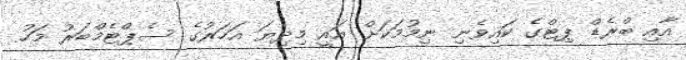
އާއި ބްރެޑް ޕިޓްގެ ކައިވެނި ނިމުމަކަށް އައީ މިދިޔަ އަހަރުގެ ސެޕްޓެމްބަރު މަހު